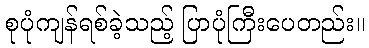
စုပုံကျန်ရစ်ခဲ့သည့် ပြာပုံကြီးပေတည်း။